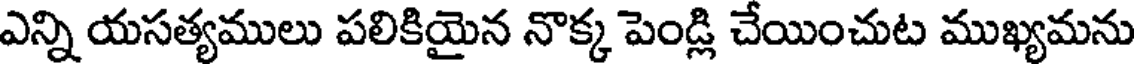
ఎన్ని యసత్యములు పలికియైన నొక్క పెండ్లి చేయించుట ముఖ్యమను